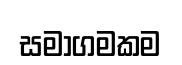
සමාගමකම